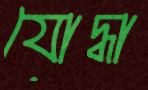
যোদ্ধা